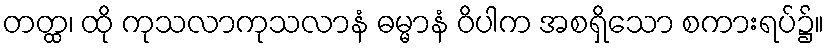
တတ္ထ၊ ထို ကုသလာကုသလာနံ ဓမ္မာနံ ဝိပါက အစရှိသော စကားရပ်၌။